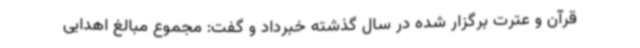
قرآن و عترت برگزار شده در سال گذشته خبرداد و گفت: مجموع مبالغ اهدایی